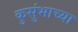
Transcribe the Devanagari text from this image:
कुसुंभाच्या